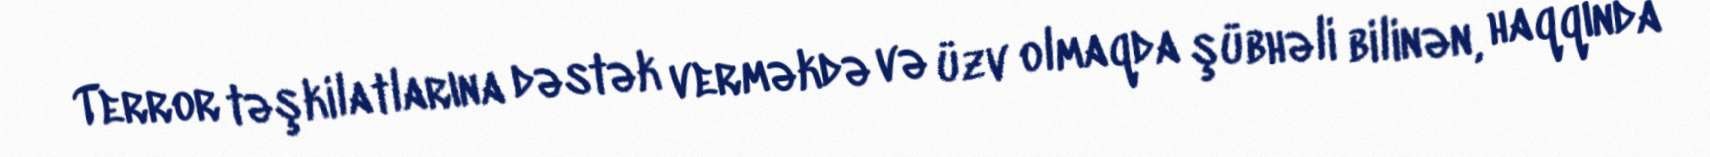
Terror təşkilatlarına dəstək verməkdə və üzv olmaqda şübhəli bilinən, haqqında